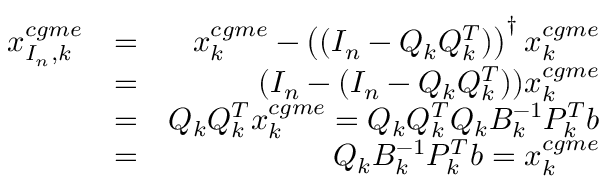
\begin{array} { r l r } { x _ { I _ { n } , k } ^ { c g m e } } & { = } & { x _ { k } ^ { c g m e } - \left( ( I _ { n } - Q _ { k } Q _ { k } ^ { T } ) \right) ^ { \dagger } x _ { k } ^ { c g m e } } \\ & { = } & { ( I _ { n } - ( I _ { n } - Q _ { k } Q _ { k } ^ { T } ) ) x _ { k } ^ { c g m e } } \\ & { = } & { Q _ { k } Q _ { k } ^ { T } x _ { k } ^ { c g m e } = Q _ { k } Q _ { k } ^ { T } Q _ { k } { B } _ { k } ^ { - 1 } P _ { k } ^ { T } b } \\ & { = } & { Q _ { k } { B } _ { k } ^ { - 1 } P _ { k } ^ { T } b = x _ { k } ^ { c g m e } } \end{array}